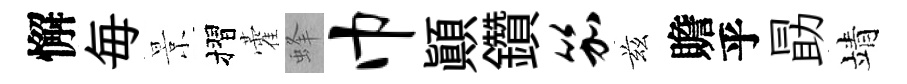
懈毎景摺藿蜂巾顚鑽笳兹贍乎勗靖